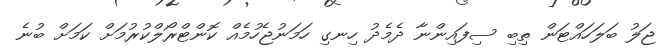
ޖަލު ބަލަހައްޓަން ތިބި ސިފައިންނާ ދެމެދު ހިނގި ހަމަނުޖެހުމެއް ކޮންޓްރޯލްކުރުމަށް ކަމަށް ބުނެ